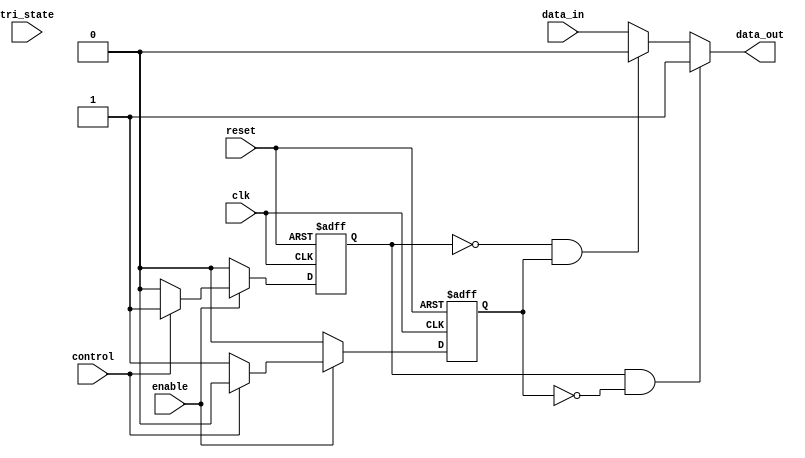
module io_block (
    input wire clk,
    input wire reset,
    input wire enable,
    input wire control,
    input wire tri_state,
    input wire data_in,
    output reg data_out
);

reg pull_up;
reg pull_down;

always @(posedge clk or posedge reset) begin
    if (reset) begin
        pull_up <= 0;
        pull_down <= 0;
    end else begin
        if (enable) begin
            if (control) begin
                pull_up <= 1;
                pull_down <= 0;
            end else begin
                pull_up <= 0;
                pull_down <= 1;
            end
        end else begin
            pull_up <= 0;
            pull_down <= 0;
        end
    end
end

assign data_out = (pull_up & ~pull_down) ? 1'b1 :
                  (~pull_up & pull_down) ? 1'b0 : data_in;

assign tri_state = enable ? 1'b0 : 1'b1;

endmodule